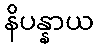
နိပန္နာယ